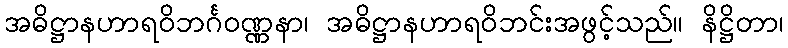
အဓိဋ္ဌာနဟာရဝိဘင်္ဂဝဏ္ဏနာ၊ အဓိဋ္ဌာနဟာရဝိဘင်းအဖွင့်သည်။ နိဋ္ဌိတာ၊